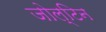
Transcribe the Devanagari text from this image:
जोल्टिन